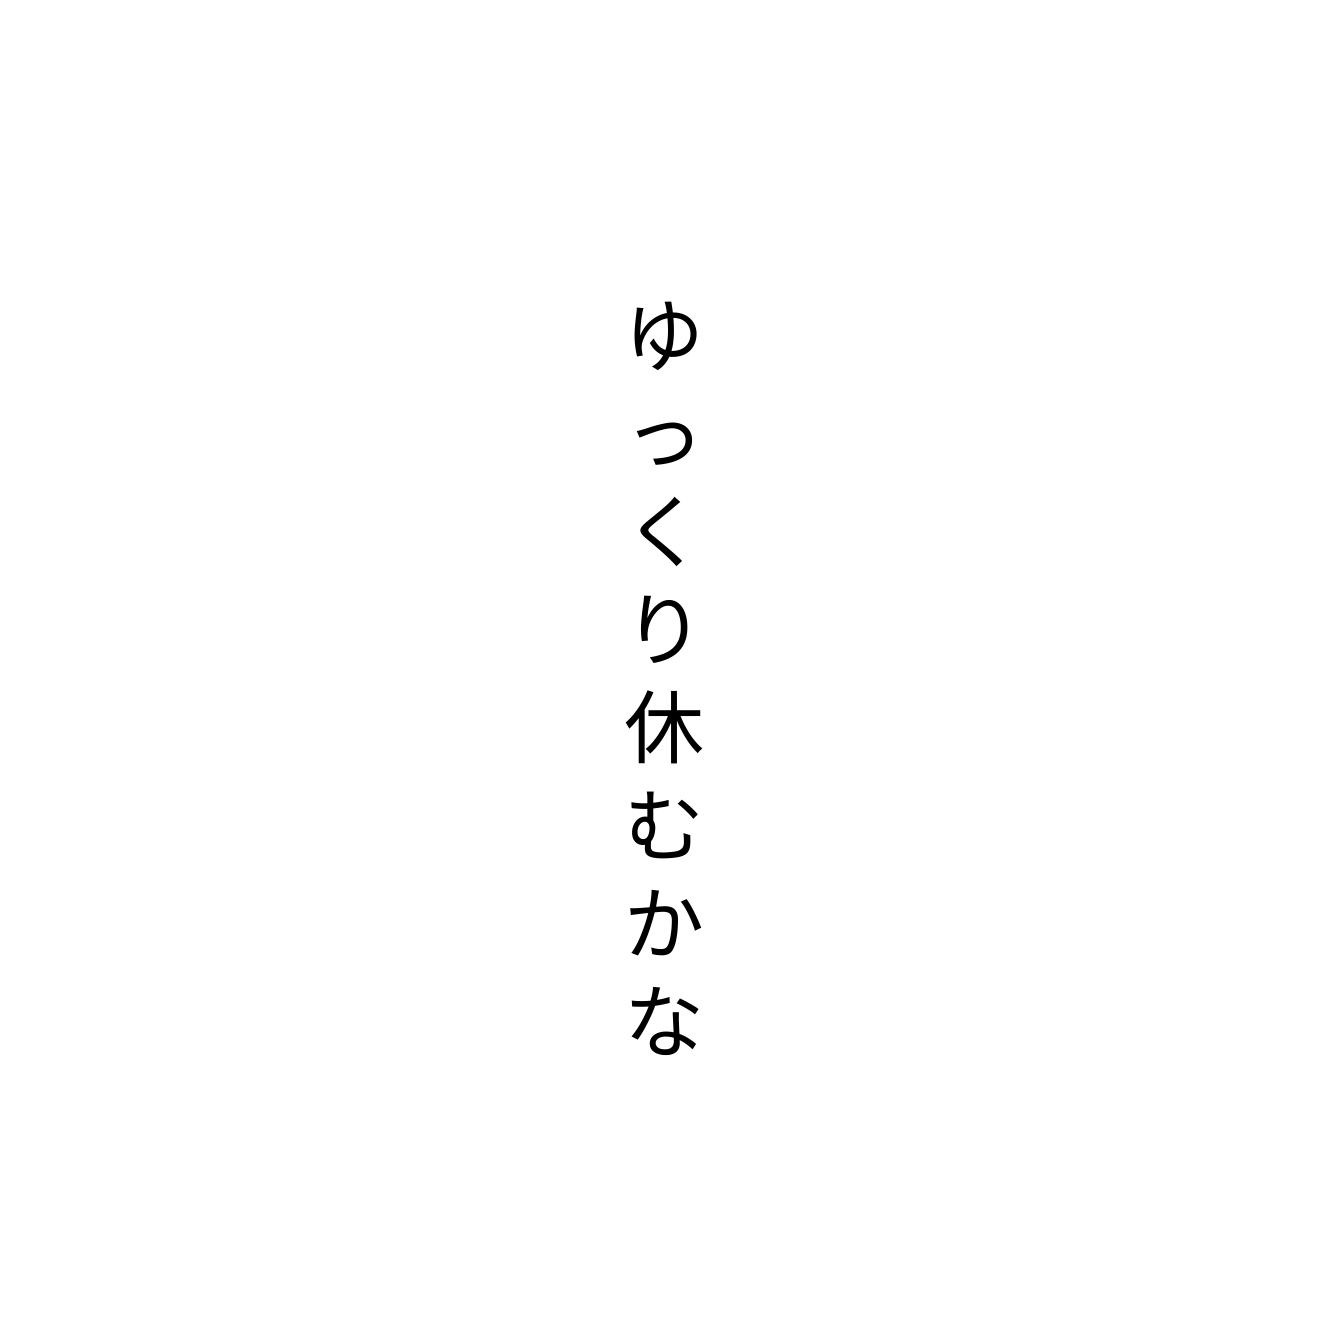
ゆっくり休むかな